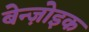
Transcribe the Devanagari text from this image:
बेन्ज़ोइक